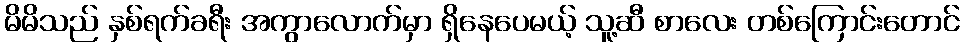
မိမိသည် နှစ်ရက်ခရီး အကွာလောက်မှာ ရှိနေပေမယ့် သူ့ဆီ စာလေး တစ်ကြောင်းတောင်